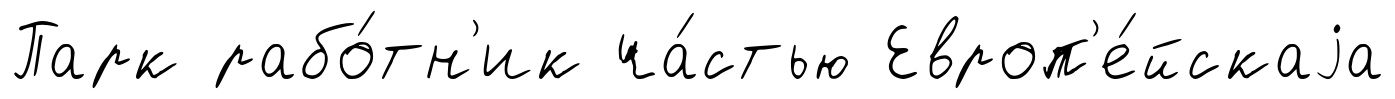
Парк рабо́тн'ик ча́стью Европ'е́йскаjа